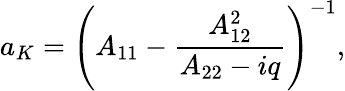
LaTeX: a_{K}=\left(A_{11}-\frac{A_{12}^{2}}{A_{22}-iq}\right)^{-1},